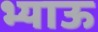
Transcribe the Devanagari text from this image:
भ्याऊ